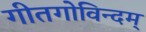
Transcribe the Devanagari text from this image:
गीतगोविन्दम्